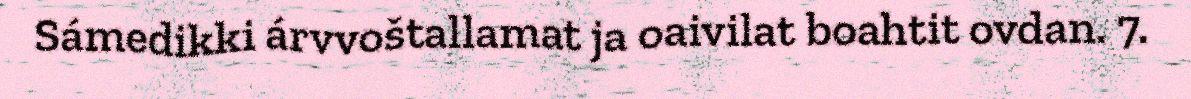
Sámedikki árvvoštallamat ja oaivilat boahtit ovdan. 7.